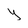
Character: Y